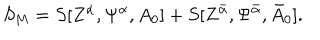
S _ { M } = S [ Z ^ { \alpha } , \Psi ^ { \alpha } , A _ { 0 } ] + S [ Z ^ { { \bar { \alpha } } } , \Psi ^ { { \bar { \alpha } } } , { \bar { A } } _ { 0 } ] .